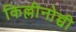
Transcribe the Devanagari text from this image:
किल्लीनोच्ची